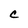
Character: C